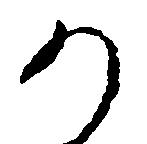
か